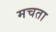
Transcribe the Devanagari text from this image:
मचता